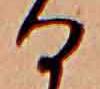
る